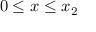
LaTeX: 0 \leq x \leq x _ { 2 }